Lunatic asylums Madras 1877-1891 - 1877-1891
Year: 1877
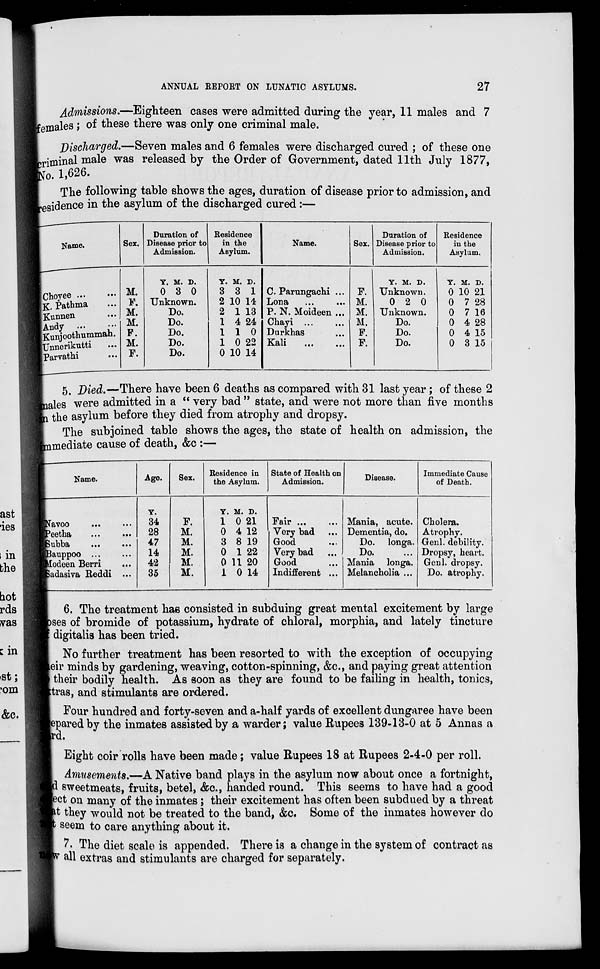
ANNUAL REPORT ON LUNATIC ASYLUMS.
27
Admissions.—Eighteen cases were admitted during the year, 11 males and 7
females; of these there was only one criminal male.
Discharged.—Seven males and 6 females were discharged cured ; of these one
criminal male was released by the Order of Government, dated 11th July 1877,
No. 1,626.
The following table shows the ages, duration of disease prior to admission, and
residence in the asylum of the discharged cured:—
Name.
Choyee ... ...
K. Pathma ...
Kunnen ...
Andy ... ...
Kunjoothummah.
Unnerikutti ...
Parvathi ...
Sex.
M.
F.
M.
M.
P.
M.
F.
Duration of
Disease prior to
Admission.
Y.
0
M.
3
D.
0
Unknown.
Do.
Do.
Do.
Do.
Do.
Residence
in the
Asylum.
Y.
3
2
2
1
1
1
0
M.
3
10
1
4
1
0
10
D.
1
14
13
24
0
22
14
Name.
C. Parungachi ...
Lona ... ...
P. N. Moideen ...
Chayi ... ...
Durkhas ...
Kali ... ...
Sex.
F.
M.
M.
M.
F.
F.
Duration of
Disease prior to
Admission.
Y. M. D.
Unknown.
0 2 0
Unknown.
Do.
Do.
Do.
Residence
in the
Asylum.
Y.
0
0
0
0
0
0
M.
10
7
7
4
4
3
D.
21
28
16
28
15
15
5. Died.—There have been 6 deaths as compared with 31 last year; of these 2
males were admitted in a " very bad " state, and were not more than five months
in the asylum before they died from atrophy and dropsy.
The subjoined table shows the ages, the state of health on admission, the
immediate cause of death, &c :—
Name.
Navoo ... ...
Peetha ... ...
Subba ... ...
Bauppoo ... ...
Modeen Berri ...
Sadasiva Reddi ...
Age.
Y.
34
28
47
14
42
35
Sex.
F.
M.
M.
M.
M.
M.
Residence in
the Asylum.
Y.
1
0
3
0
0
1
M.
0
4
8
1
11
0
D.
21
12
19
22
20
14
State of Health on
Admission.
Fair ... ...
Very bad ...
Good ...
Very bad ...
Good ...
Indifferent ...
Disease.
Mania, acute.
Dementia, do.
Do. longa.
Do. ...
Mania longa.
Melancholia ...
Immediate Cause
of Death.
Cholera.
Atrophy.
Genl. debility.
Dropsy, heart.
Genl. dropsy.
Do. atrophy.
6. The treatment has consisted in subduing great mental excitement by large
cases of bromide of potassium, hydrate of chloral, morphia, and lately tincture
digitalis has been tried.
No further treatment has been resorted to with the exception of occupying
their minds by gardening, weaving, cotton-spinning, &c, and paying great attention
their bodily health. As soon as they are found to be failing in health, tonics,
extras, and stimulants are ordered.
Four hundred and forty-seven and a-half yards of excellent dungaree have been
repared by the inmates assisted by a warder; value Rupees 139-13-0 at 5 Annas a
rd.
Eight coir rolls have been made; value Rupees 18 at Rupees 2-4-0 per roll.
Amusements.—A Native band plays in the asylum now about once a fortnight,
and sweetmeats, fruits, betel, &c., handed round. This seems to have had a good
ect on many of the inmates; their excitement has often been subdued by a threat
at they would not be treated to the band, &c. Some of the inmates however do
seem to care anything about it.
7. The diet scale is appended. There is a change in the system of contract as
all extras and stimulants are charged for separately.